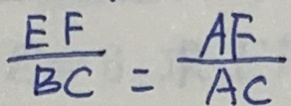
\frac { E F } { B C } = \frac { A F } { A C }